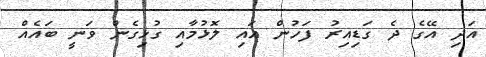
އަދި އޭގެ ދެ ގަޑިއިރު ފަހުން އައި ލޮޅުމާއި ގުޅިގެން ވަނީ ބައެއް